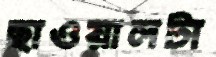
ছাওয়ালটা